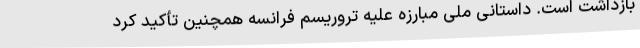
بازداشت است. داستانی ملی مبارزه علیه تروریسم فرانسه همچنین تأکید کرد